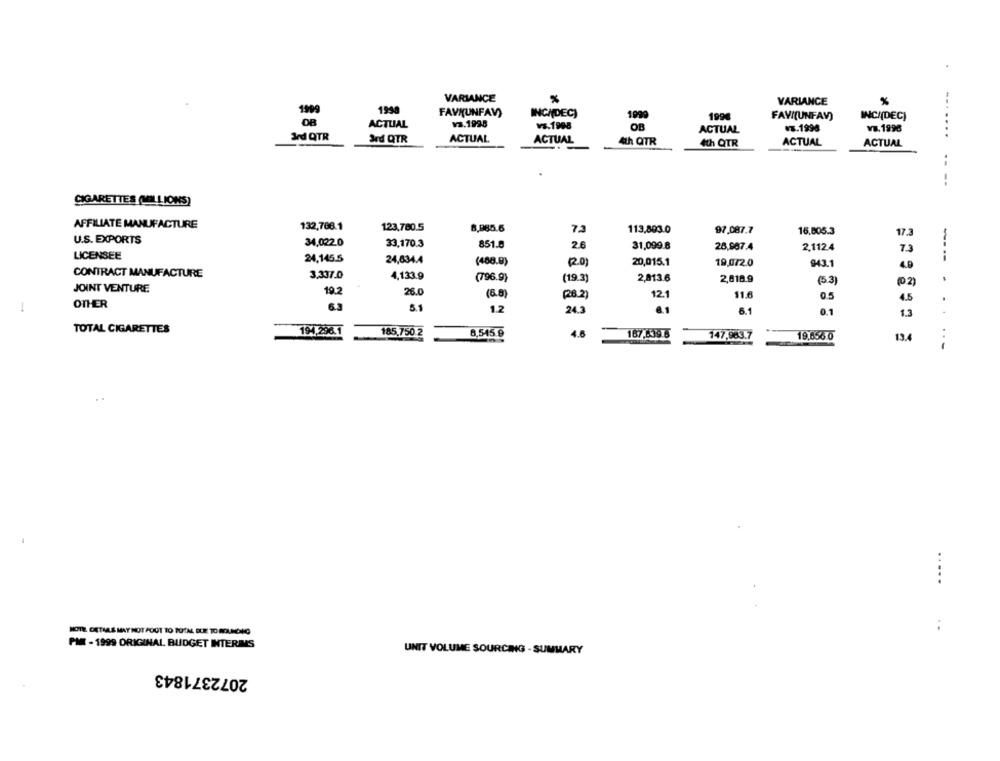
VARIANCE
%
VARIANCE
%
1999
1998
FAVMUNFAV)
INCI(DEC)
v3.1998
1099
1994
FAVI(UNFAV)
INCI(DEC)
ACTUAL
vs.1998
OB
ACTUAL
NT.1998
v&. 1998
3rd QTR
ACTUAL
.......
Jed QTR
ACTUAL
Ah QTR
4th QTR
ACTUAL
ACTUAL
--
-.
CIGARETTES (MILLIONS)
AFFILIATE MANUFACTURE
132,786.1
123,780.5
8,985.6
72
113,893.0
97.087.7
15,605.3
17.3
U.S. EXPORTS
34,022.0
33,170.3
851.8
2.6
31,099.8
28,987.4
2,1124
7.3
LICENSEE
24,145.5
24,634.4
(488.9)
20,015.1
19,072.0
943.1
4.9
CONTRACT MANUFACTURE
3.337.0
----.
4,133.9
(796.9)
(19.3)
2,813.6
2,818.9
(5.3)
JOINT VENTURE
(02)
19.2
26.0
(6.8
(R$ 2)
12.1
11.6
0.5
OTHER
4.5
-
63
5.1
12
24.3
6.1
6.1
0.1
1.3
TOTAL CIGARETTES
194,296.1
185,750.2
8,545 9
4.6
167.639 6
147,963.7
19,656 0
13.4
.....
.....
MOTE DIETAALS MAY NOT FOOT TO TOTAL DUE TO ROUNDING
PM - 1999 ORIGINAL BUDGET INTERIMS
UNIT VOLUME SOURCING - SUMMARY
2072371843